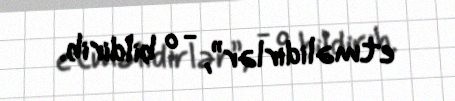
etməlidirlər”, - o bildirib.